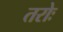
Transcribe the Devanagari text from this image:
तरोः